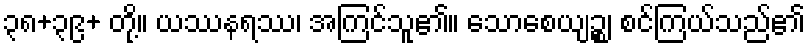
၃၈+၃၉+ တို့။ ယဿနရဿ၊ အကြင်သူ၏။ သောစေယျဉ္စ၊ စင်ကြယ်သည်၏